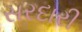
સરદારી